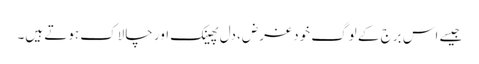
جیسے اس برج کے لوگ خود غرض، دل پھینک اور چالاک ہوتے ہیں۔